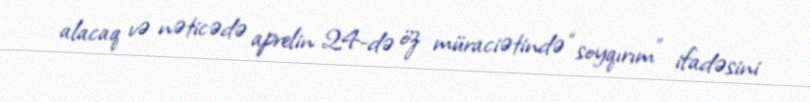
alacaq və nəticədə aprelin 24-də öz müraciətində “soyqırım” ifadəsini